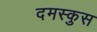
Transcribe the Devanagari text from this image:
दमस्कुस